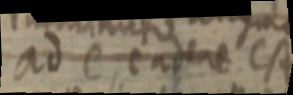
ad e, cadere CA